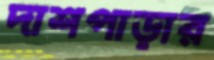
দাশপাড়ার